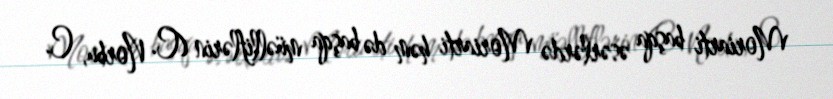
Moriarti başqa əsərlərdə Moriarti həm də başqa müəlliflərin (C. Norbu, C.